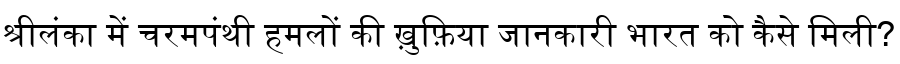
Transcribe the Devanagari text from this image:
श्रीलंका में चरमपंथी हमलों की ख़ुफ़िया जानकारी भारत को कैसे मिली?